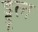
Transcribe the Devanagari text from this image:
ड्डूल